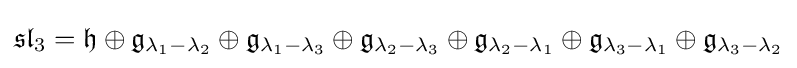
{\mathfrak {sl}}_{3}={\mathfrak {h}}\oplus {\mathfrak {g}}_{\lambda _{1}-\lambda _{2}}\oplus {\mathfrak {g}}_{\lambda _{1}-\lambda _{3}}\oplus {\mathfrak {g}}_{\lambda _{2}-\lambda _{3}}\oplus {\mathfrak {g}}_{\lambda _{2}-\lambda _{1}}\oplus {\mathfrak {g}}_{\lambda _{3}-\lambda _{1}}\oplus {\mathfrak {g}}_{\lambda _{3}-\lambda _{2}}